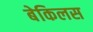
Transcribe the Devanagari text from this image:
बेकिलस